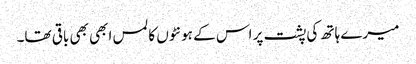
میرے ہاتھ کی پشت پر اس کے ہونٹوں کا لمس ابھی بھی باقی تھا۔